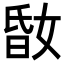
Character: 𡝪